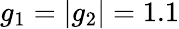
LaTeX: g_{1}=|g_{2}|=1.1